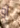
أو